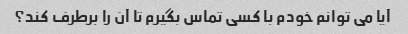
آیا می توانم خودم با کسی تماس بگیرم تا آن را برطرف کند؟